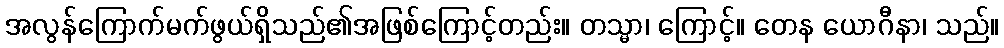
အလွန်ကြောက်မက်ဖွယ်ရှိသည်၏အဖြစ်ကြောင့်တည်း။ တသ္မာ၊ ကြောင့်။ တေန ယောဂီနာ၊ သည်။